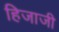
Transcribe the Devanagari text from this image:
हिजाजी